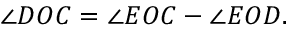
\angle D O C = \angle E O C - \angle E O D .